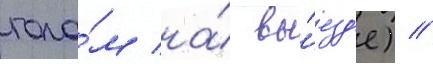
гола́м на́ вы́езд'е) //